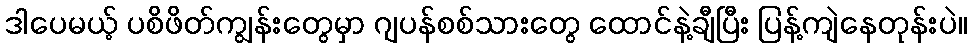
ဒါပေမယ့် ပစိဖိတ်ကျွန်းတွေမှာ ဂျပန်စစ်သားတွေ ထောင်နဲ့ချီပြီး ပြန့်ကျဲနေတုန်းပဲ။